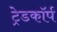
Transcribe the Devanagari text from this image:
ट्रेडकॉर्प